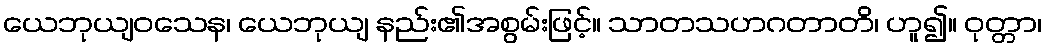
ယေဘုယျဝသေန၊ ယေဘုယျ နည်း၏အစွမ်းဖြင့်။ သာတသဟဂတာတိ၊ ဟူ၍။ ဝုတ္တာ၊